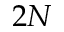
2 N